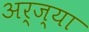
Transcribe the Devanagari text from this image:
अर्ज्या